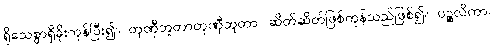
ရိုသေစွာရှိခိုးကုန်ပြီး၍။ တုဏှီဘူတာတုဏှီဘူတာ၊ ဆိတ်ဆိတ်ဖြစ်ကုန်သည်ဖြစ်၍။ ပဉ္စလိကာ၊